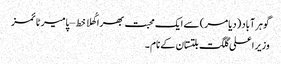
گوہر آباد (دیامر) سے ایک محبت بھرا کُھلا خط – پامیر ٹائمز
وزیر اعلی گلگت بلتستان کے نام ۔